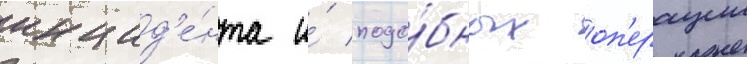
инцид'е́нта и́ подо́бных оп'ерации